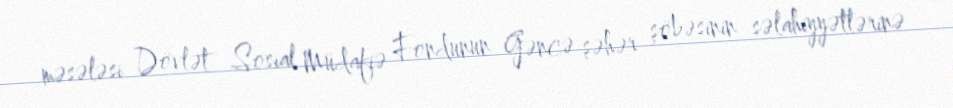
məsələsi Dövlət Sosial Müdafiə Fondunun Gəncə şəhər şöbəsinin səlahiyyətlərinə